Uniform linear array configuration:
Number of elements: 12
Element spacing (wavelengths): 0.5
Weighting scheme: cosine
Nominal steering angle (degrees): -15
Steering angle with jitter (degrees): -14.907
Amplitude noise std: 0.05
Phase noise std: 0.05

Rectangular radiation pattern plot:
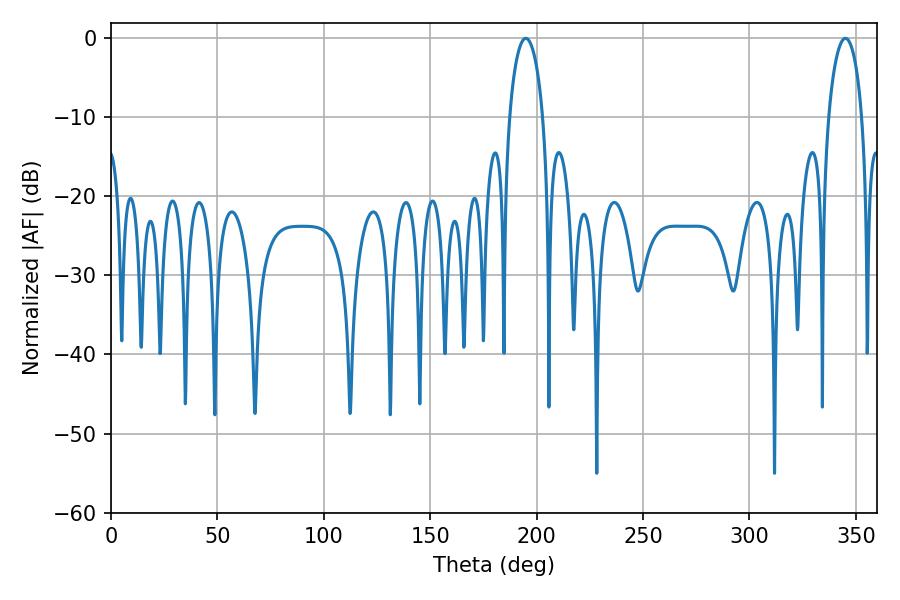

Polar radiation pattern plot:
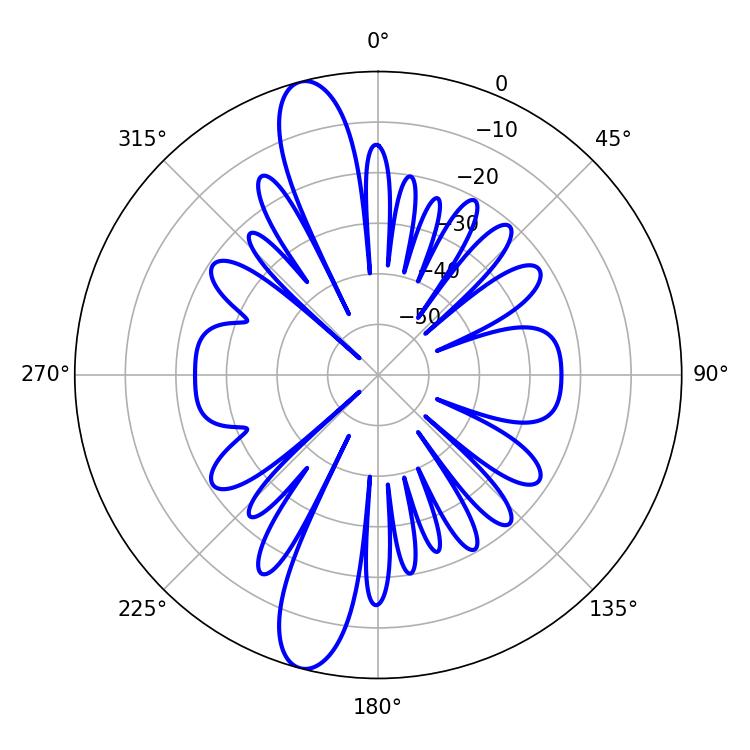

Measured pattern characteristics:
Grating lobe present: FALSE
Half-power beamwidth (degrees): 9
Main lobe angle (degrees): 194.94